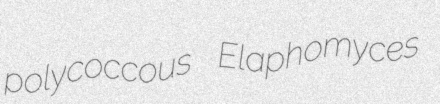
polycoccous Elaphomyces